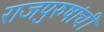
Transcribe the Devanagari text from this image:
राजपुरुषांची